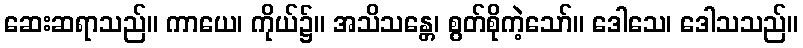
ဆေးဆရာသည်။ ကာယေ၊ ကိုယ်၌။ အသိသန္တေ၊ စွတ်စိုကဲ့သော်။ ဒေါသေ၊ ဒေါသသည်။